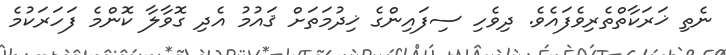
ނެތި ޚަރަކާތްތެރިވެފައެވެ. ދިވެހި ސިފައިންގެ ޚިދުމަތަށް ޤައުމު އެދި ގޮވާލާ ކޮންމެ ފަހަރަކުމެ